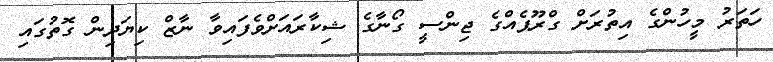
ހަތަރު މީހުންގެ އިތުރަށް ގްރޫޕެއްގެ ޖިންސީ ގޯނާގެ ޝިކާރައަށްވެފައިވާ ނާޒް ކިޔަދިން ގޮތުގައި